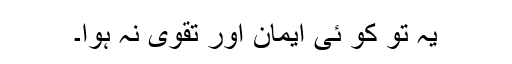
یہ تو کو ئی ایمان اور تقویٰ نہ ہوا۔